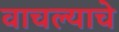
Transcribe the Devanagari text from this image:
वाचल्याचे